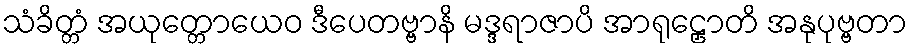
သံခိတ္တံ အယုတ္တောယေဝ ဒီပေတဗ္ဗာနိ မဒ္ဒရာဇာပိ အာရုဠှောတိ အနုပုဗ္ဗတာ